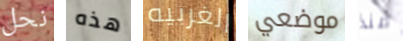
نحل هذه الغربيه موضعي منذ